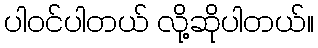
ပါဝင်ပါတယ် လို့ဆိုပါတယ်။